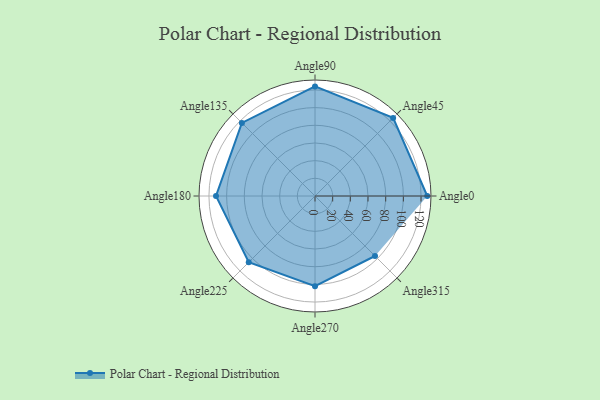
{"axis": {"x": "Angle", "y": "Radius"}, "legend": [""], "data": [{"x": "Angle0", "y": 127.0, "type": ""}, {"x": "Angle45", "y": 125.0, "type": ""}, {"x": "Angle90", "y": 124.0, "type": ""}, {"x": "Angle135", "y": 117.0, "type": ""}, {"x": "Angle180", "y": 112.0, "type": ""}, {"x": "Angle225", "y": 106.0, "type": ""}, {"x": "Angle270", "y": 102.0, "type": ""}, {"x": "Angle315", "y": 96.0, "type": ""}]}